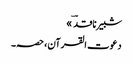
شبیر ناقدؔ »
دعوت القرآن، حصہ۔